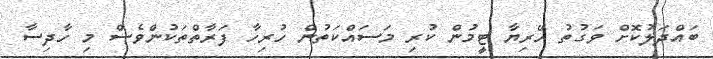
ބައްދަލުކޮށް ވަގުތު ހޭރިޔާ ޓީމުން ކުރި މަސައްކަތުން ހުރިހާ ފަރާތްތަކުންވެސް މި ހާދިސާ